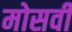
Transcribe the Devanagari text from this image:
मोसवी